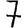
Digit: 7